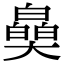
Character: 𤾪